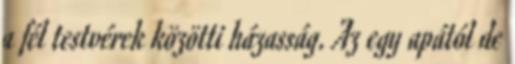
a fél testvérek közötti házasság. Az egy apától de